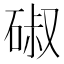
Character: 𮀣